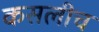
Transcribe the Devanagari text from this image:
कसलीच